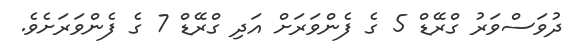
ދުވަސްވަރު ގްރޭޑް 5 ގެ ފެންވަރަށް އަދި ގްރޭޑް 7 ގެ ފެންވަރަށެވެ.